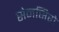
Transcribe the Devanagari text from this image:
सेनसिरो